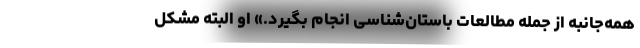
همه‌جانبه از جمله مطالعات باستان‌شناسی انجام بگیرد.» او البته مشکل